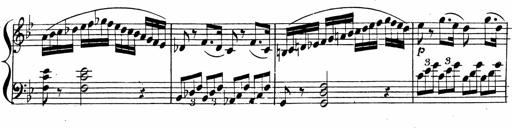
Title: 2 Piano Sonatinas
Composer: Ferdinand Ries